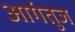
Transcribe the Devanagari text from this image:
आगंतुज